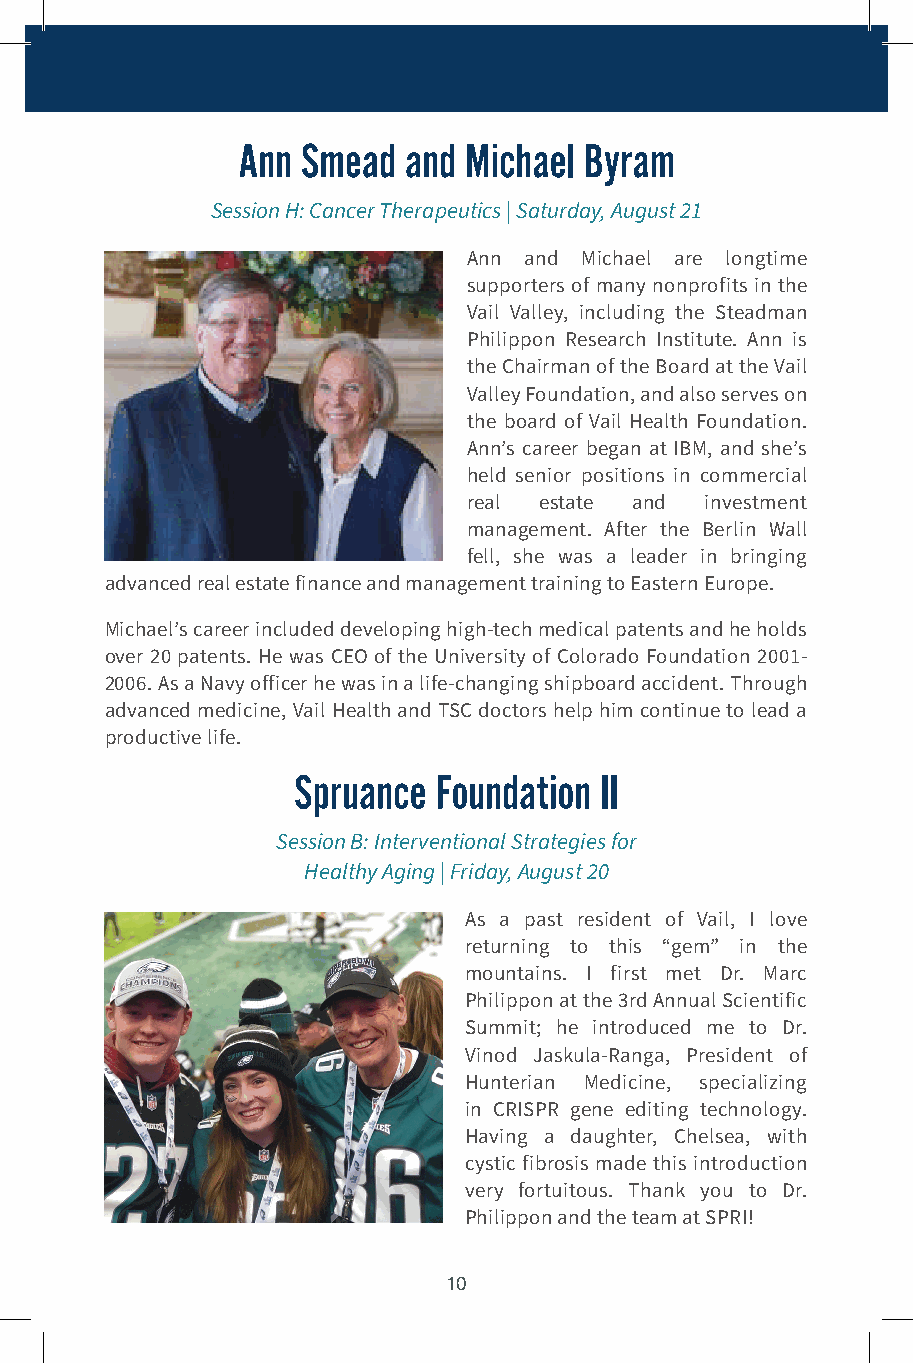
Ann Smead  and Michael Byram
 Session H: Cancer Therapeutics | Saturday, August 21
 Ann and Michael are longtime
 supporters of many nonprofits in the
 Vail Valley, including the Steadman
 Philippon Research Institute. Ann is
 the Chairman of the Board at the Vail
 Valley Foundation, and also serves on
 the board of Vail Health Foundation.
 Ann’s career began at IBM, and she’s
 held senior positions in commercial
 real estate and investment
 management. After the Berlin Wall
 fell, she was a leader in bringing
 advanced real estate finance and management training to Eastern Europe.
 Michael’s career included developing high-tech medical patents and he holds
 over 20 patents. He was CEO of the University of Colorado Foundation 2001-
 2006. As a Navy officer he was in a life-changing shipboard accident. Through
 advanced medicine, Vail Health and TSC doctors help him continue to lead a
 productive life.
 Spruance  Foundation II
 Session B: Interventional Strategies for
 Healthy Aging | Friday, August 20
 As a past resident of Vail, I love
 returning to this “gem” in the
 mountains. I first met Dr. Marc
 Philippon at the 3rd Annual Scientific
 Summit; he introduced me to Dr.
 Vinod Jaskula-Ranga, President of
 Hunterian Medicine, specializing
 in CRISPR gene editing technology.
 Having a daughter, Chelsea, with
 cystic fibrosis made this introduction
 very fortuitous. Thank you to Dr.
 Philippon and the team at SPRI!
 10